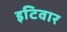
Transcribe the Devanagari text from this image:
इटिवार